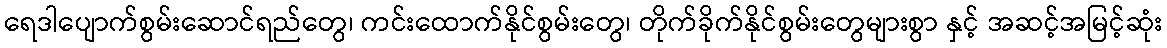
ရေဒါပျောက်စွမ်းဆောင်ရည်တွေ၊ ကင်းထောက်နိုင်စွမ်းတွေ၊ တိုက်ခိုက်နိုင်စွမ်းတွေများစွာ နှင့် အဆင့်အမြင့်ဆုံး